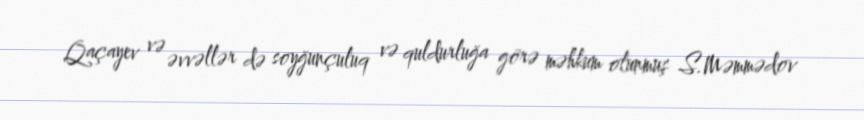
Qaçayev və əvvəllər də soyğunçuluq və quldurluğa görə məhkum olunmuş S.Məmmədov